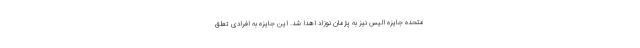
متحده جایزه الیس نیز به پژمان نوزاد اهدا شد. این جایزه به افرادی تعلق